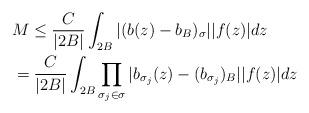
LaTeX: \begin{align*}&M\leq \frac{C}{|2B|}\int_{2B}|(b(z)-b_B)_{\sigma}||f(z)|dz\\&=\frac{C}{|2B|}\int_{2B}\prod\limits_{\sigma_j\in \sigma}|b_{\sigma_j}(z)-(b_{\sigma_j})_B||f(z)|dz\end{align*}